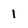
Character: 1